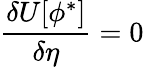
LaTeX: \frac{\delta U[\phi^{*}]}{\delta\eta}=0